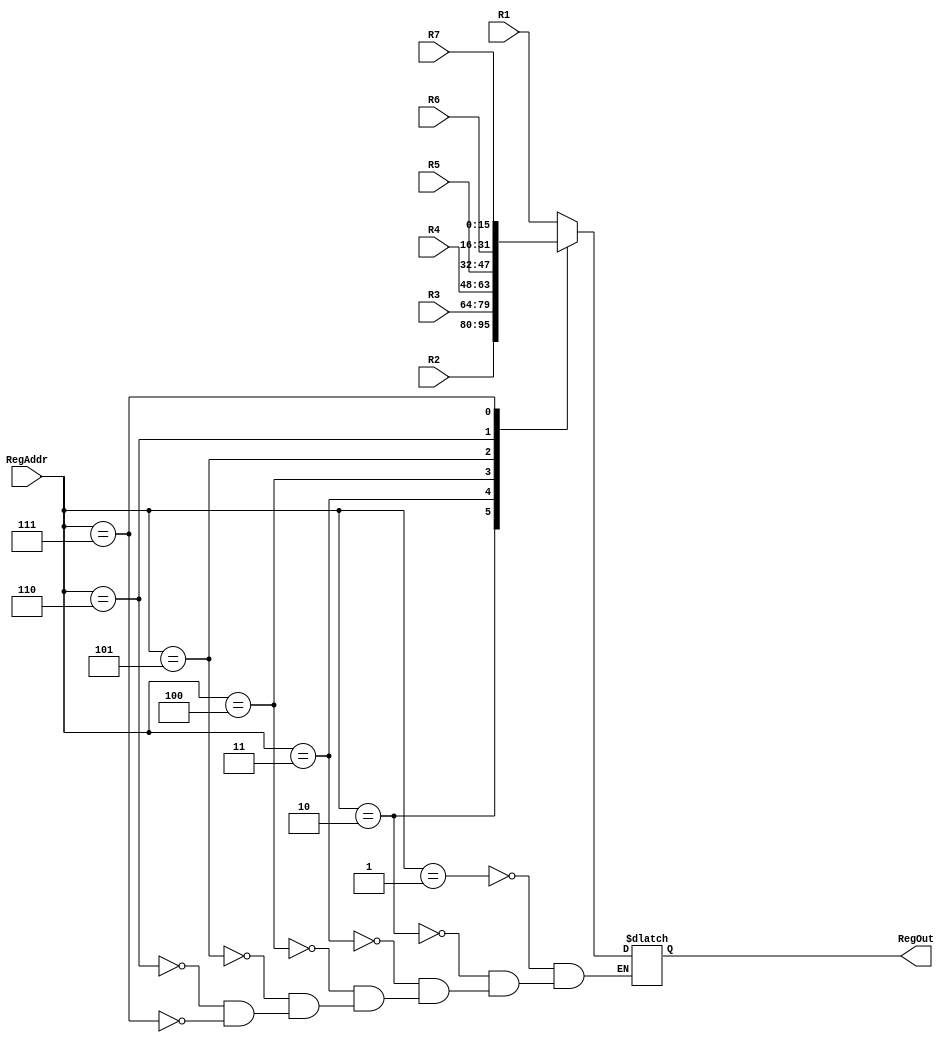
module mux(R1, R2, R3, R4, R5, R6, R7, RegAddr, RegOut);

	input [15:0]R1, R2, R3, R4, R5, R6, R7;
	input [2:0]RegAddr;
	
	output reg [15:0]RegOut;

  always@(*)
  begin
    case(RegAddr)
      3'b001: RegOut <= R1;
      3'b010: RegOut <= R2;
      3'b011: RegOut <= R3;
      3'b100: RegOut <= R4;
      3'b101: RegOut <= R5;
      3'b110: RegOut <= R6;
      3'b111: RegOut <= R7;
    endcase
  end

endmodule